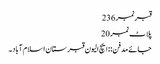
قبرنمبر 236
پلاٹ نمبر 20
جائے مدفن:: ایچ الیون قبرستان اسلام آباد۔